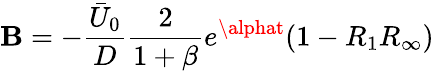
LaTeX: \mathbf{B}=-\frac{{\bar{{U}}_{0}}}{{D}}\frac{{2}}{{1+\beta}}e^{\alphat}(1-R_{1}R_{\infty})